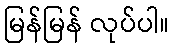
မြန်မြန် လုပ်ပါ။